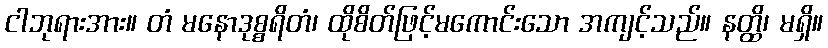
ငါဘုရားအား။ တံ မနောဒုစ္စရိတံ၊ ထိုစိတ်ဖြင့်မကောင်းသော အကျင့်သည်။ နတ္ထိ၊ မရှိ။